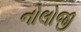
નોલોજી